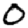
Digit: 0